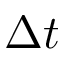
\Delta t